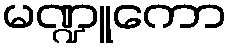
မဏ္ဍူကော